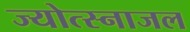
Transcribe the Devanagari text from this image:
ज्योत्स्नाजल